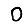
Digit: 0